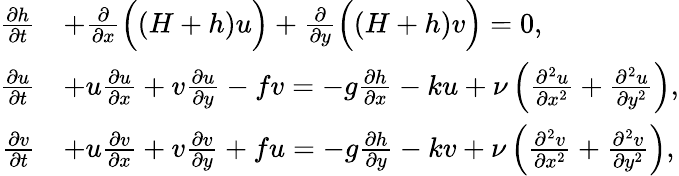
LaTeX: {\begin{array}{rl}{{\frac{\partial h}{\partial t}}}&{+{\frac{\partial}{\partial x}}{\Bigl(}(H+h)u{\Bigr)}+{\frac{\partial}{\partial y}}{\Bigl(}(H+h)v{\Bigr)}=0,}\\ {{\frac{\partial u}{\partial t}}}&{+u{\frac{\partial u}{\partial x}}+v{\frac{\partial u}{\partial y}}-fv=-g{\frac{\partial h}{\partial x}}-ku+\nu\left({\frac{\partial^{2}u}{\partial x^{2}}}+{\frac{\partial^{2}u}{\partial y^{2}}}\right),}\\ {{\frac{\partial v}{\partial t}}}&{+u{\frac{\partial v}{\partial x}}+v{\frac{\partial v}{\partial y}}+fu=-g{\frac{\partial h}{\partial y}}-kv+\nu\left({\frac{\partial^{2}v}{\partial x^{2}}}+{\frac{\partial^{2}v}{\partial y^{2}}}\right),}\end{array}}